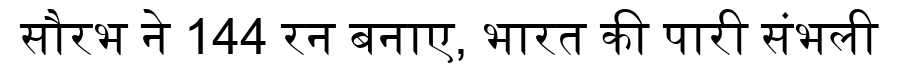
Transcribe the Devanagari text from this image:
सौरभ ने 144 रन बनाए, भारत की पारी संभली